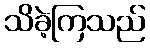
သိခဲ့ကြသည်